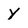
Character: y